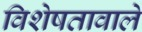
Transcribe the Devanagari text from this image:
विशेषतावाले